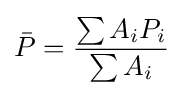
{\bar {P}}={\frac {\sum A_{i}P_{i}}{\sum A_{i}}}